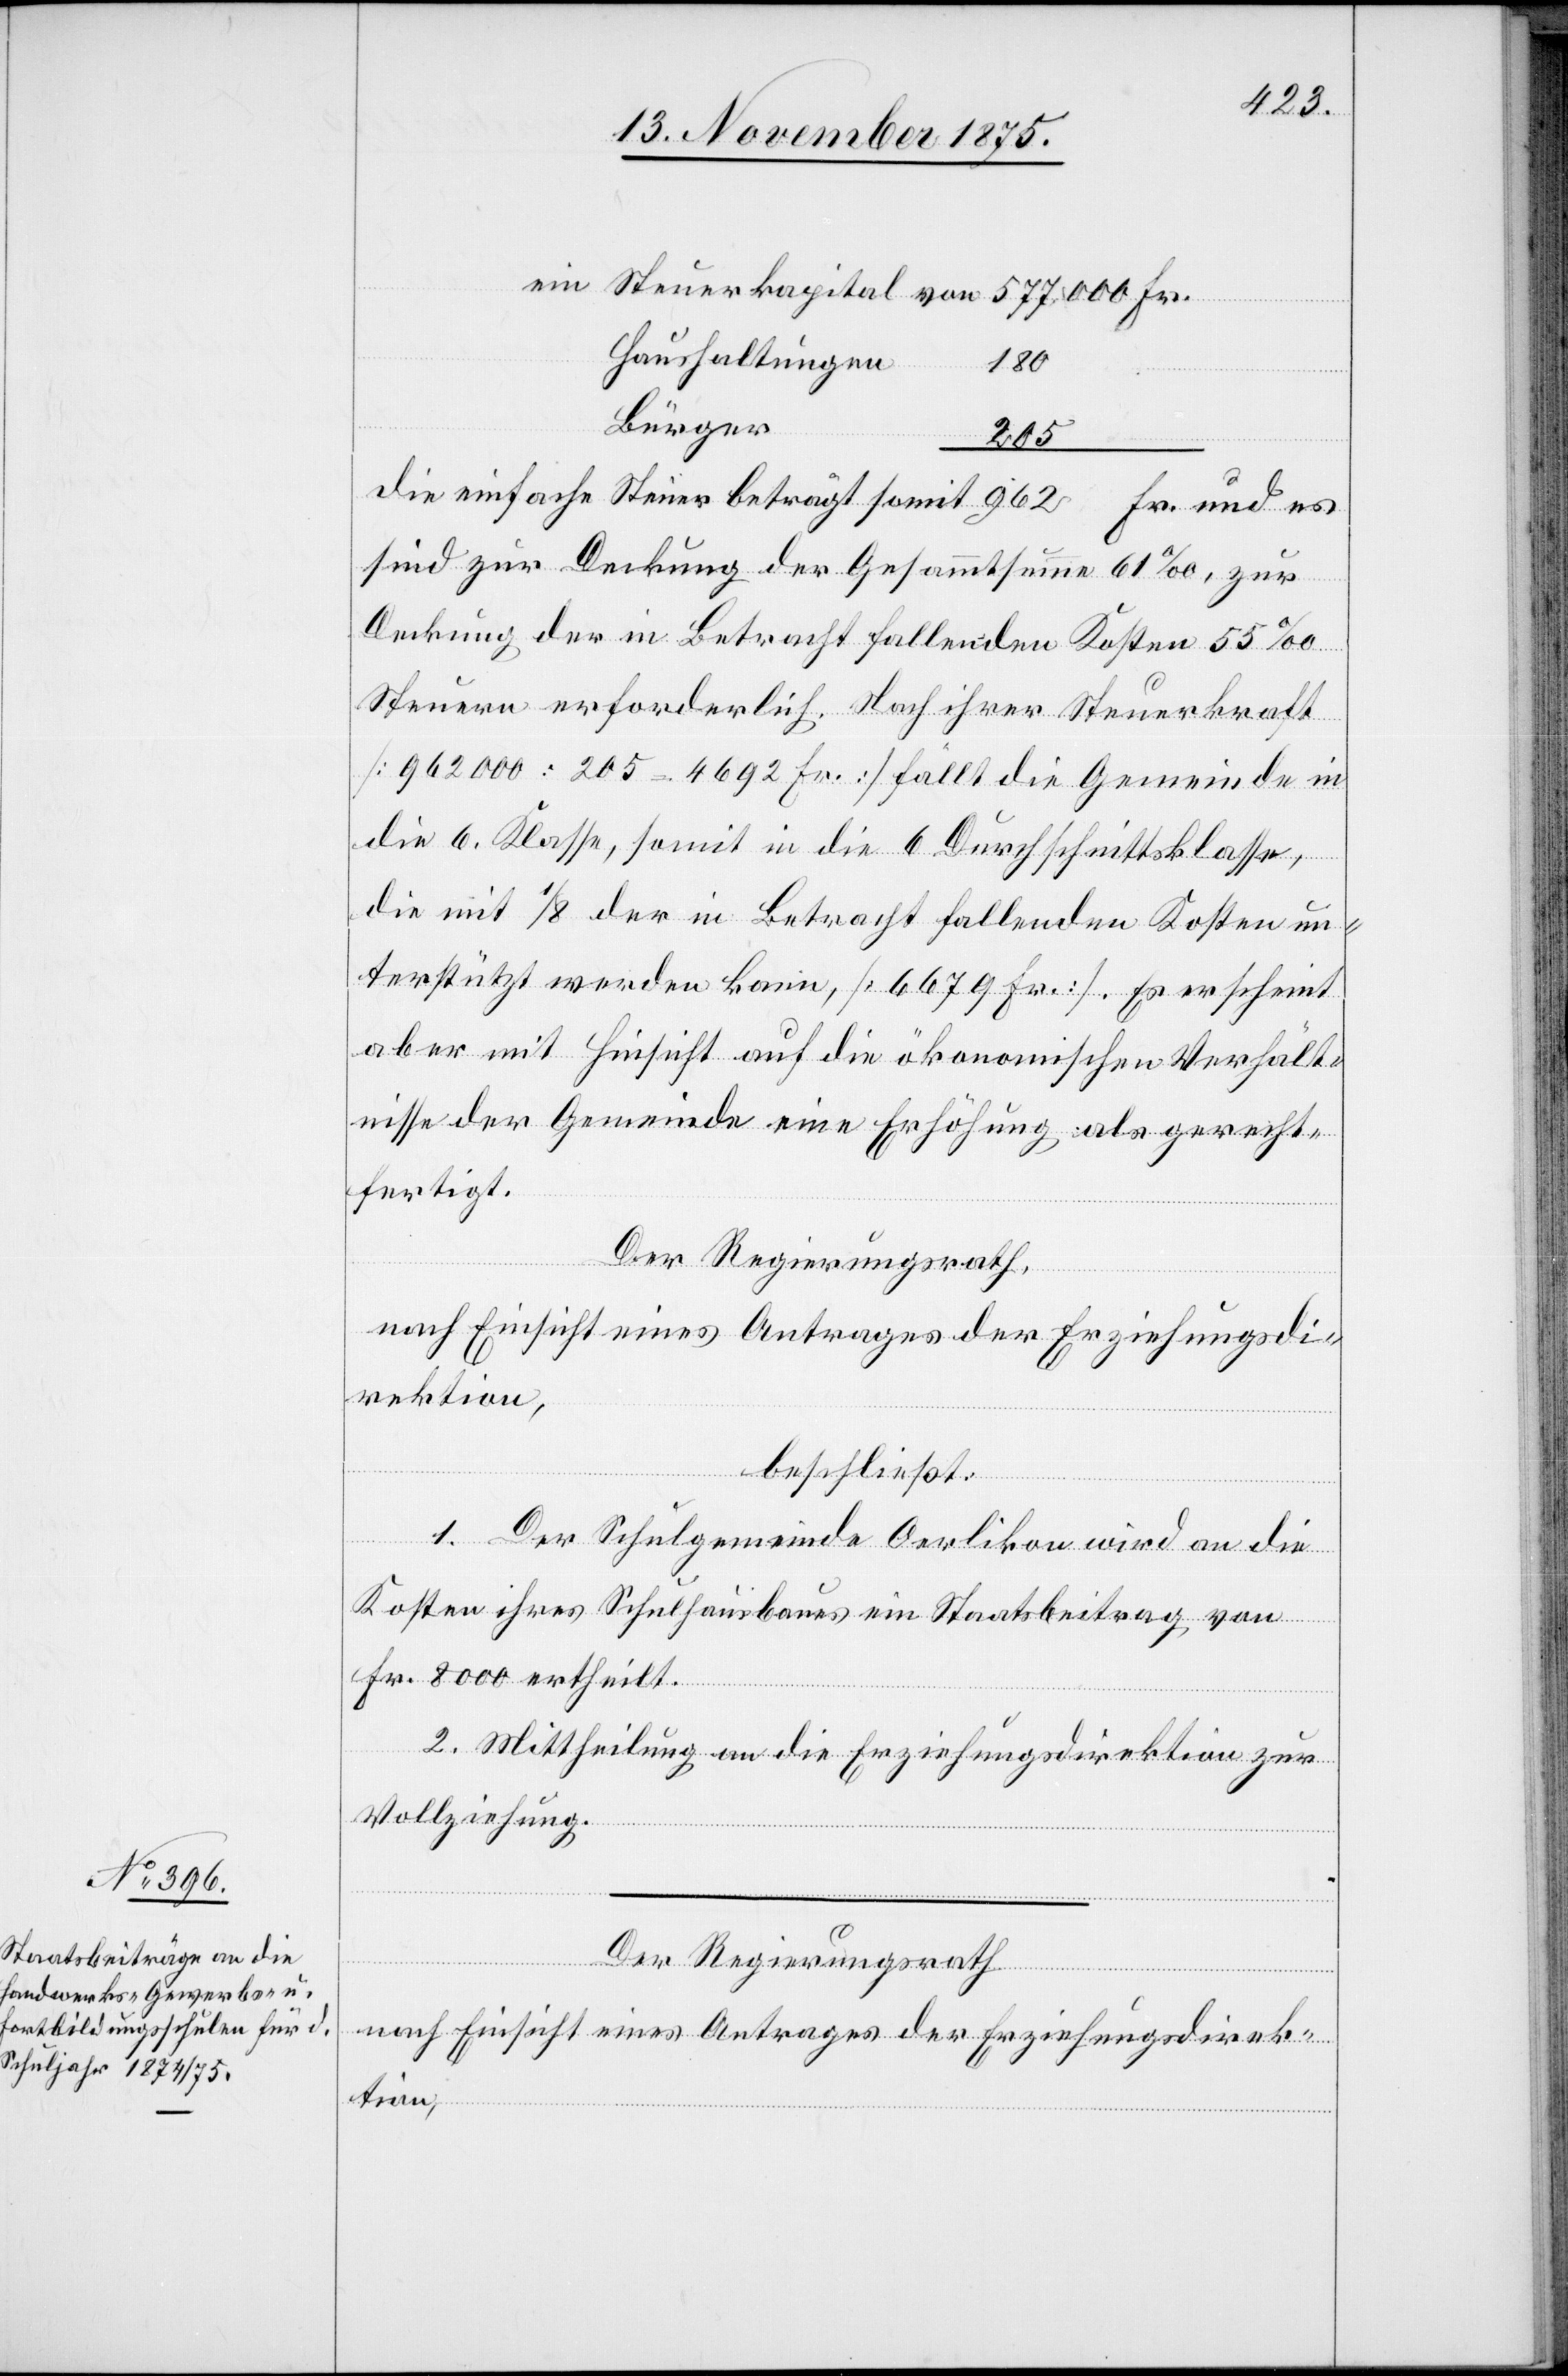
Haushaltungen
Fr.
180
Bürger
205
die einfache Steuer beträgt somit 926 Fr. und es
sind zur Deckung der Gesammtsumme 61‰, zur
Deckung der in Betracht fallenden Kosten 55‰
Steuern erforderlich. Nach ihrer Steuerkraft
[962000:205=4692 Fr.] fällt die Gemeinde in
die 6. Klasse, somit in die 6 Durchschnittsklasse,
von
die mit 1/8 der in Betracht fallenden Kosten un¬
terstützt werden kann, [6679 Fr.]. Es erscheint
aber mit Hinsicht auf die ökonomischen Verhält¬
nisse der Gemeinde eine Erhöhung als gerecht¬
fertigt.
Der Regierungsrath,
nach Einsicht eines Antrages der Erziehungsdi¬
rektion,
beschließt:
1. Der Schulgemeinde Oerlikon wird an die
Kosten ihres Schulhausbaues ein Staatsbeitrag von
Fr. 8000 ertheilt.
2. Mittheilung an die Erziehungsdirektion zur
Vollziehung.
Der Regierungsrath